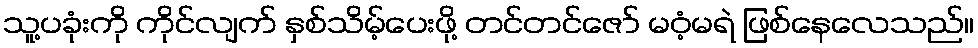
သူ့ပခုံးကို ကိုင်လျက် နှစ်သိမ့်ပေးဖို့ တင်တင်ဇော် မဝံ့မရဲ ဖြစ်နေလေသည်။